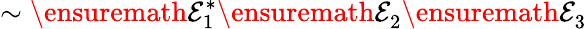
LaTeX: \sim\ensuremath{{\cal E}}_{1}^{\ast}\ensuremath{{\cal E}}_{2}^{}\ensuremath{{\cal E}}_{3}^{}